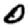
Digit: 0